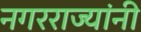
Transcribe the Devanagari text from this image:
नगरराज्यांनी